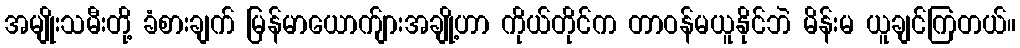
အမျိုးသမီးတို့ ခံစားချက် မြန်မာယောက်ျားအချို့ဟာ ကိုယ်တိုင်က တာဝန်မယူနိုင်ဘဲ မိန်းမ ယူချင်ကြတယ်။